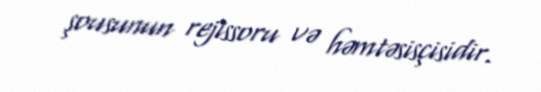
şousunun rejissoru və həmtəsisçisidir.